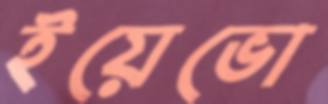
ইয়েভো